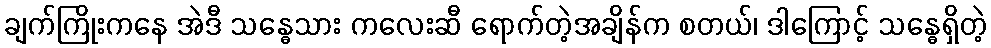
ချက်ကြိုးကနေ အဲဒီ သန္ဓေသား ကလေးဆီ ရောက်တဲ့အချိန်က စတယ်၊ ဒါကြောင့် သန္ဓေရှိတဲ့